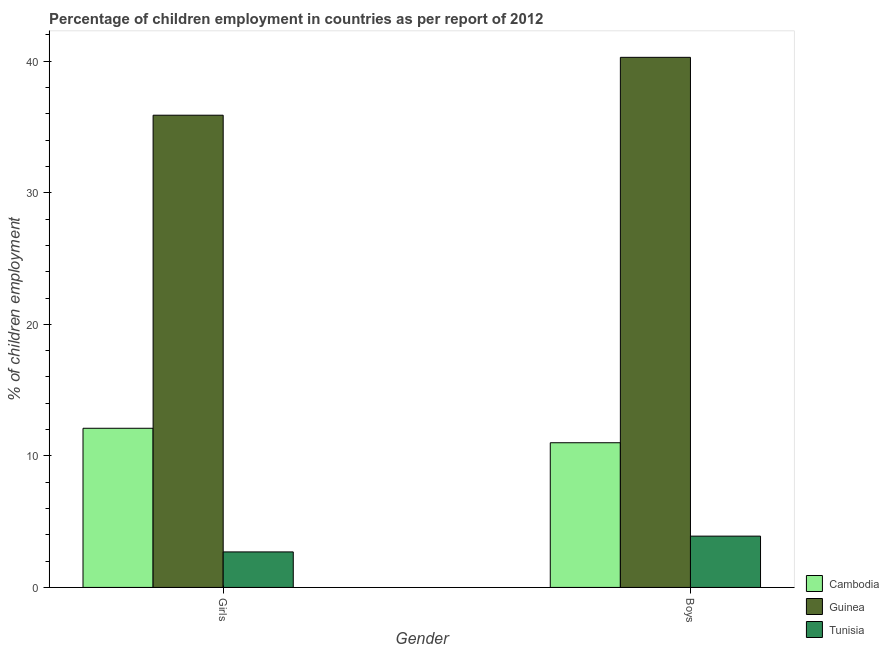
| Gender | Cambodia | Guinea | Tunisia |
 | --- | --- | --- | --- |
 | Girls | 12.1 | 35.9 | 2.7 |
 | Boys | 11 | 40.3 | 3.9 |